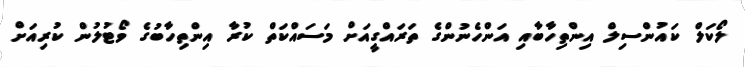
ލޯކަލް ކައުންސިލް އިންތިހާބާއި އަންހެނުންގެ ތަރައްގީއަށް މަސައްކަތް ކުރާ އިންތިހާބުގެ ވޯޓުލުން ކުރިއަށް